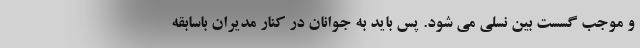
و موجب گسست بین نسلی می شود. پس باید به جوانان در کنار مدیران باسابقه